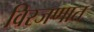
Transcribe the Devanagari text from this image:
विरजणात